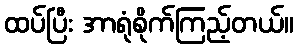
ထပ်ပြီး အာရုံစိုက်ကြည့်တယ်။